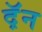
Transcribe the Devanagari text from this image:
द़ॅन